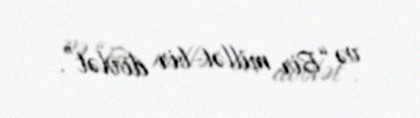
və “Bir millət-bir dövlət”.